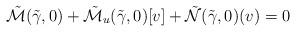
LaTeX: \begin{align*}\tilde{\mathcal{M}}(\tilde{\gamma},0)+\tilde{\mathcal{M}}_u(\tilde{\gamma},0)[v]+\tilde{\mathcal{N}}(\tilde{\gamma},0)(v)=0\end{align*}